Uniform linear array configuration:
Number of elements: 64
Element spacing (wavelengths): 0.25
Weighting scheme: uniform
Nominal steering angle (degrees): -45
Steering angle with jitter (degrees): -43.365
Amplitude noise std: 0.05
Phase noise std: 0.05

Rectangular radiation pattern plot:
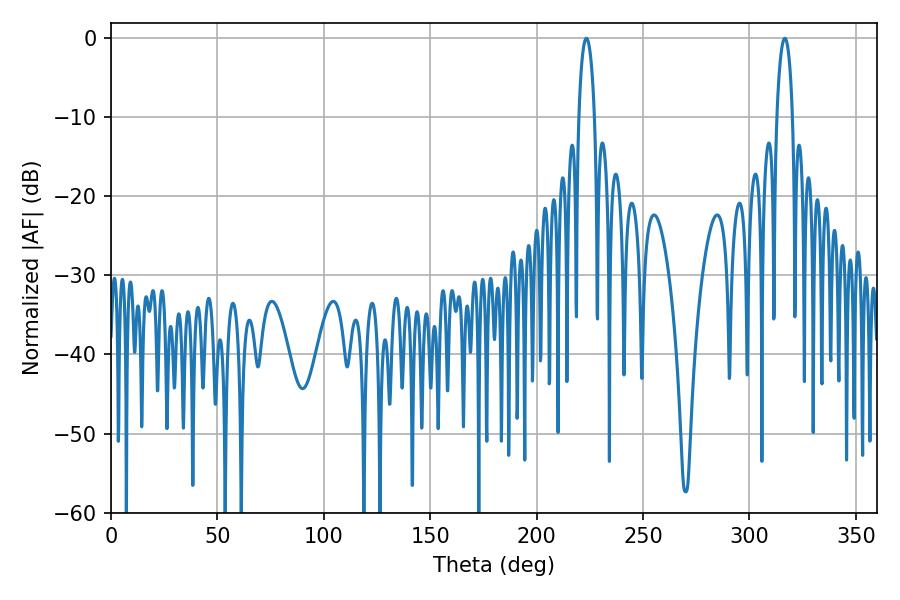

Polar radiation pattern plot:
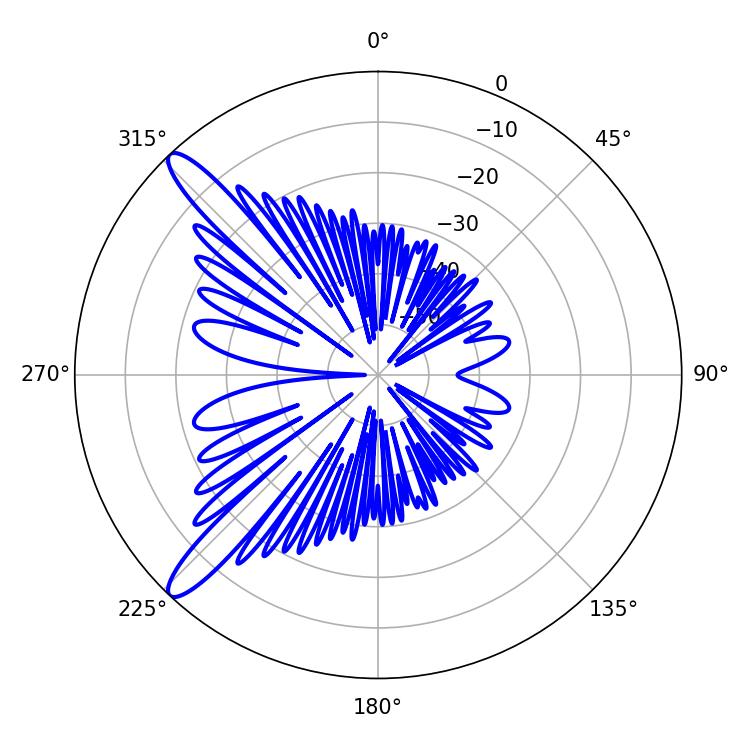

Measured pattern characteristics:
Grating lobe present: FALSE
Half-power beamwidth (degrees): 4.14
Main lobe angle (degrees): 223.38